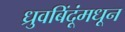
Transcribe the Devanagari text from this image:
ध्रुवबिंदूंमधून